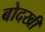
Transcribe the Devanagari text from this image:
बोदखी